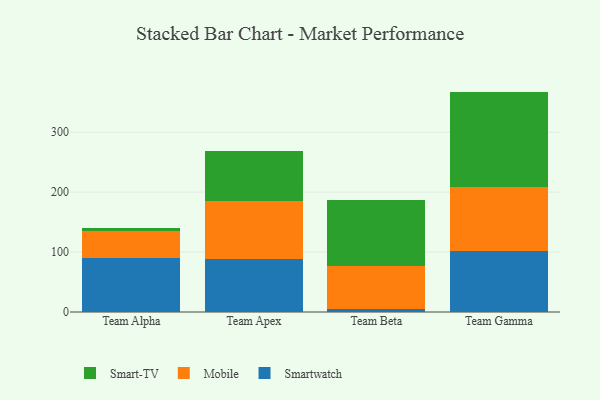
{"axis": {"x": "Team", "y": "Operating Costs (USD K)"}, "legend": ["Mobile", "Smart-TV", "Smartwatch"], "data": [{"x": "Team Alpha", "y": 90.1, "type": "Smartwatch"}, {"x": "Team Alpha", "y": 44.3, "type": "Mobile"}, {"x": "Team Alpha", "y": 5.4, "type": "Smart-TV"}, {"x": "Team Apex", "y": 87.7, "type": "Smartwatch"}, {"x": "Team Apex", "y": 96.9, "type": "Mobile"}, {"x": "Team Apex", "y": 83.9, "type": "Smart-TV"}, {"x": "Team Beta", "y": 5.3, "type": "Smartwatch"}, {"x": "Team Beta", "y": 72.2, "type": "Mobile"}, {"x": "Team Beta", "y": 108.9, "type": "Smart-TV"}, {"x": "Team Gamma", "y": 102.1, "type": "Smartwatch"}, {"x": "Team Gamma", "y": 106.3, "type": "Mobile"}, {"x": "Team Gamma", "y": 159.4, "type": "Smart-TV"}]}